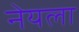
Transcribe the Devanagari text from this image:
नेयला